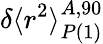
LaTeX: \delta\langle r^{2}\rangle_{P\mathrm{(1)}}^{A,90}